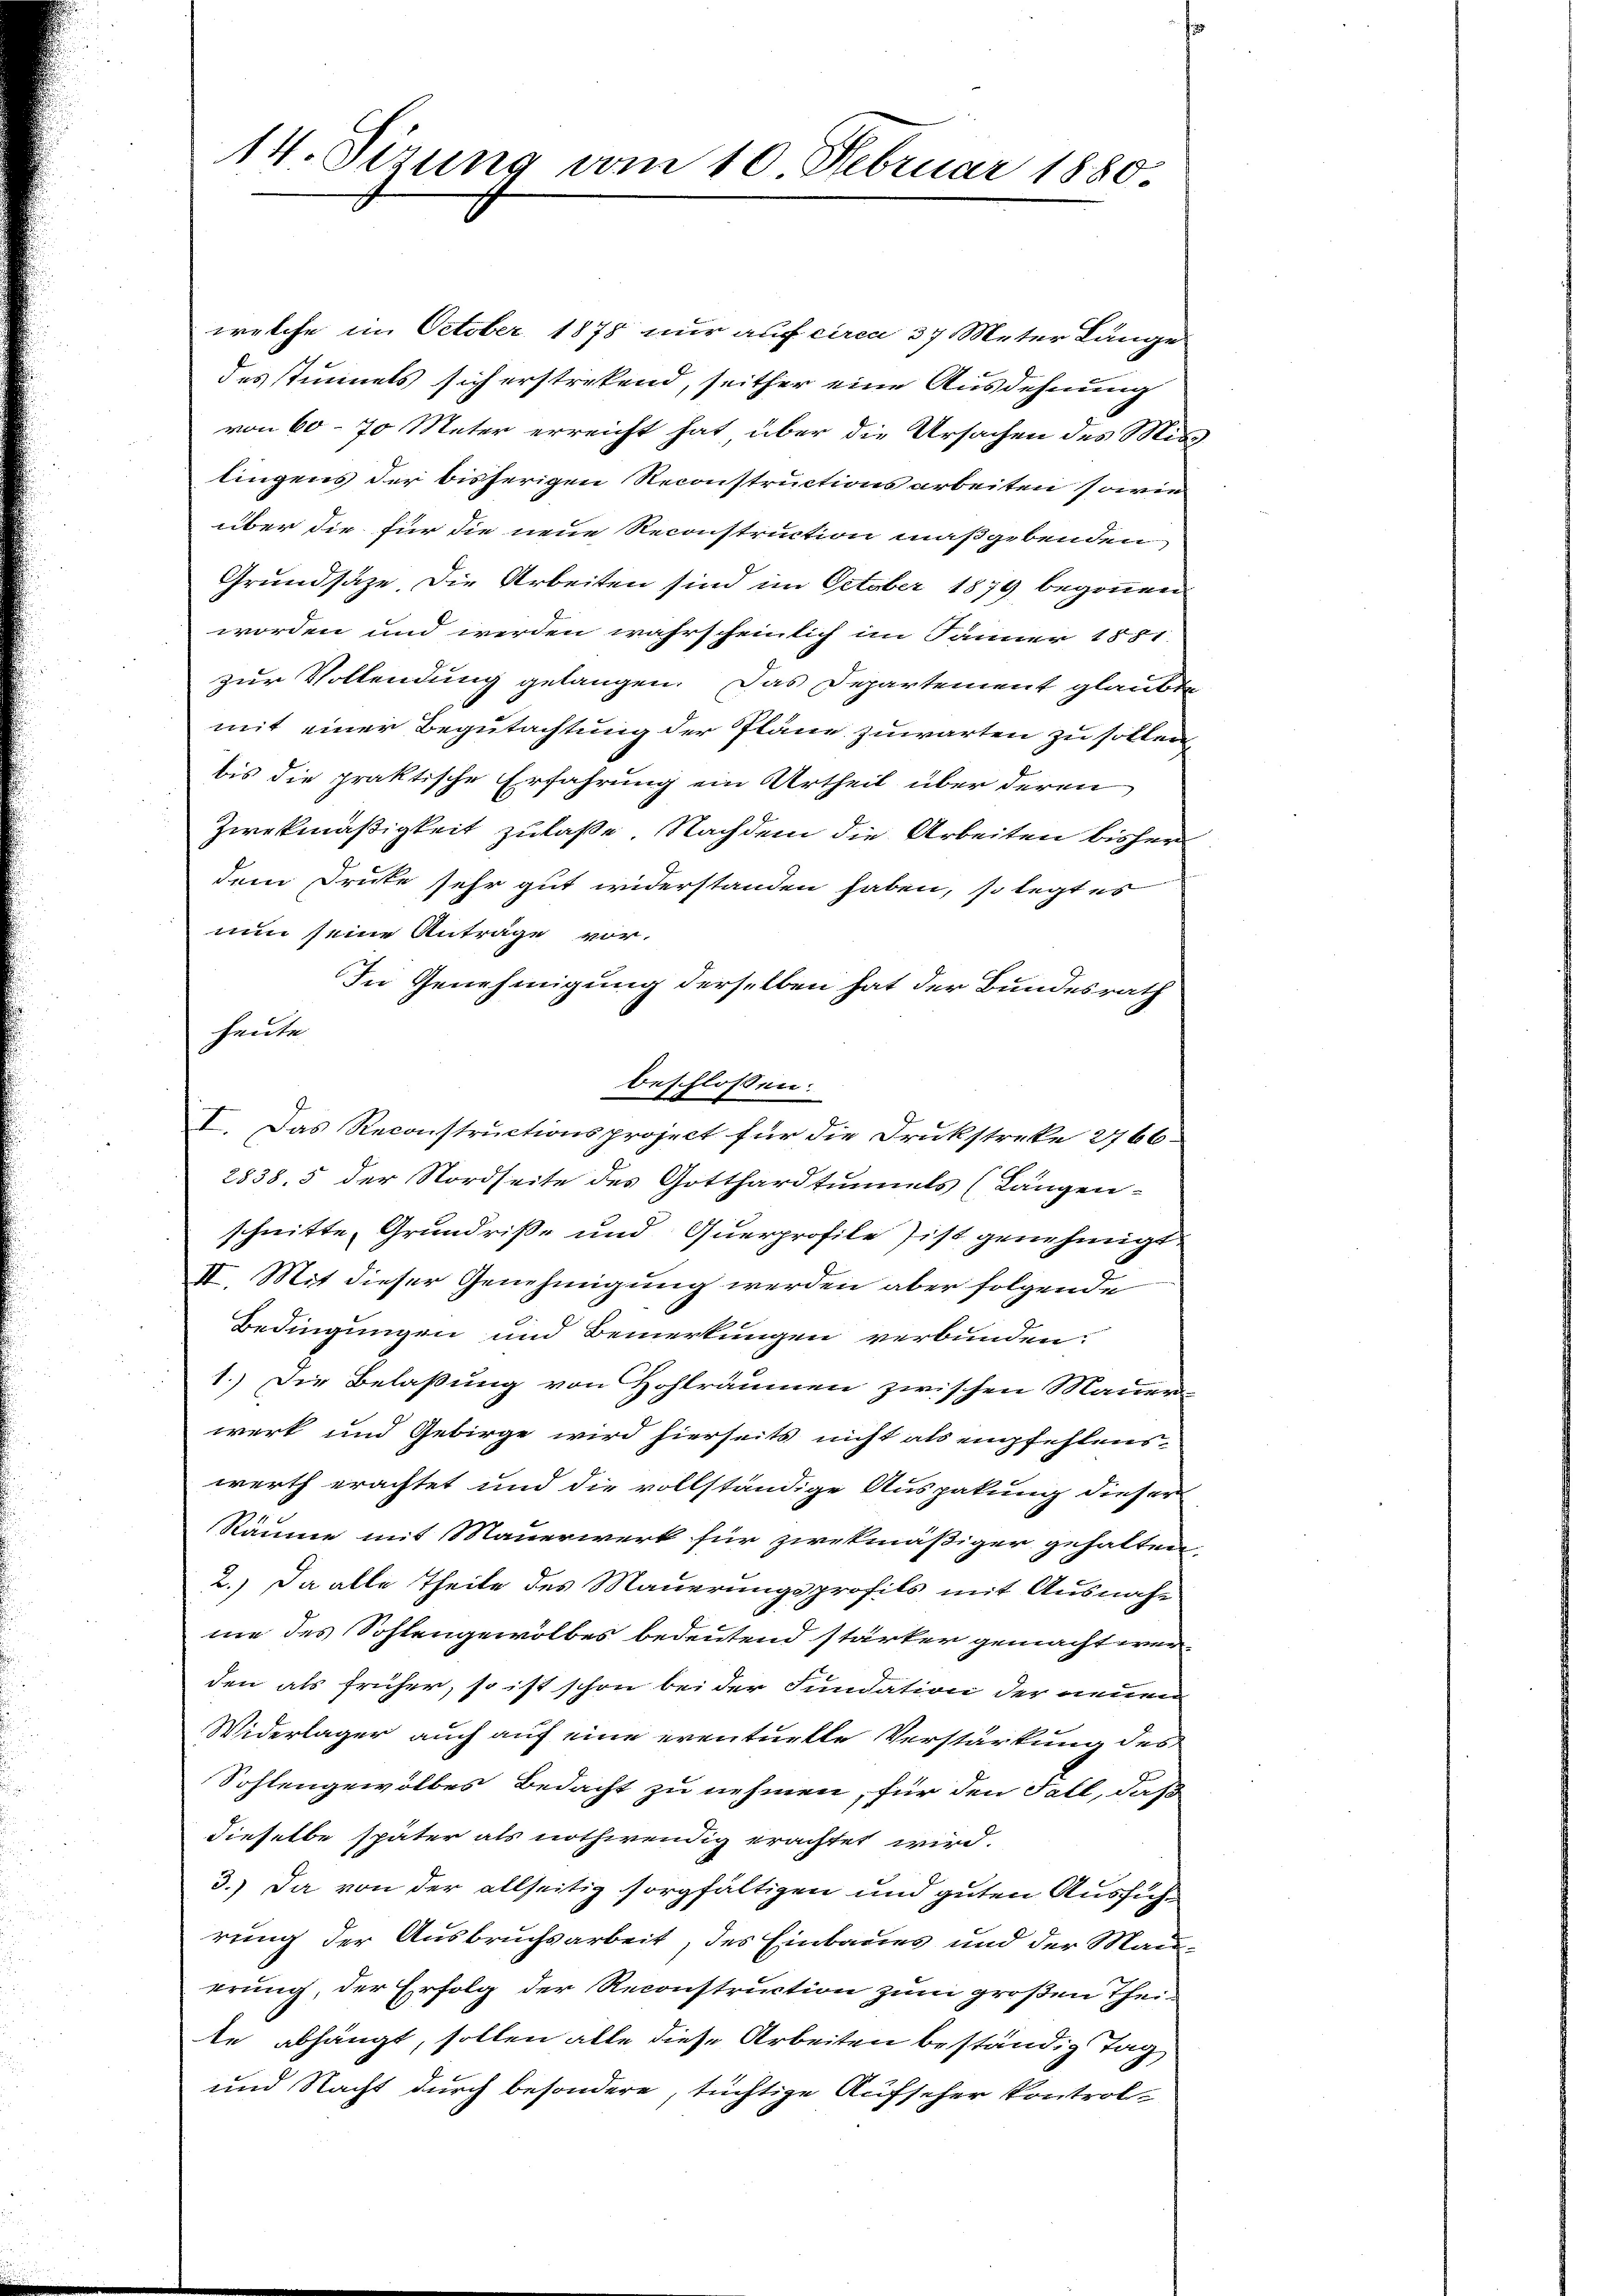
14. Sitzung vom 10. Februar 1880.

welche im October 1878 nur auf circa 37 Meter Länge
des stimmels sich erstrekend, seither eine Ausdehnung
von 60 - 70 Meter erreicht hat über die Ursachen des Mitlingens der bisherigen Reconstructionsarbeiten sowie
über die für die neue Reconstruction maßgebenden
Grundsaze. Die Arbeiten sind im October 1879 begonnen
worden und werden wahrscheinlich im Jänner 1881.
zur Vollendung gelangen. Das Departement glaubte
mit einer Begutachtung der Pläne zuwarten zu sollen,
bis die praktische Erfahrung ein Urtheil über deren
Zwekmäßigkeit zulaße Nachdem die Arbeiten bisher
dem Drucke sehr gut widerstanden haben, so legt es
nun seine Anträge vor.
In Genehmigung derselben hat der Bundesrath
heute
beschlossen:
I. Das Reconstructionsproject für die Drukstreke 2766.
2838, 5 der Nordseite des Gotthardtunnels (Längen-
schnitte, Grundriße und Querprofile ist genehmigt
II. Mit dieser Genehmigung werden aber folgende
Bedingungen und Bemerkungen verbunden.
1.) Die Belaßung von Hohlräumen zwischen Mauer-
werk und Gebirge wird hierseits nicht als empfehlens-
werth erachtet und die vollständige Auspakung dieser
Räume mit Mauerwerk für zwekmäßiger gehalten,
2.) Da alle Theile des Mauerungsprofils mit Ausnahm
me des Sohlengewölbes bedeutend stärker gemacht wer
den als früher, so ist schon bei der Fundation der neuen
Widerlager auch auf eine eventuelle Verstärkung des
Sohlengewölbes Bedacht zu nehmen, für den Fall, daß
dieselbe später als nothwendig erachtet wird.
3.) Da von der allseitig sorgfältigen und guten Ausführung der Ausbruchsarbeit, des Einbaues und der Mauerung, der Erfolg der Reconstruction zum großen Theite abhängt, sollen alle diese Arbeiten beständig Tag
und Nacht durch besondere, tüchtige Aufseher kontrol¬